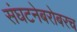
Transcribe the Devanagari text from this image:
संघटनेबरोबरच